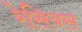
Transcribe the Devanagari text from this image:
रेसियस